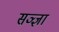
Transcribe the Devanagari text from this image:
सञ्ज्ञा